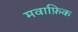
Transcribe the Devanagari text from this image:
मवाफ़िक